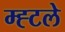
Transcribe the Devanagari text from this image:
म्ह्टले